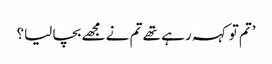
’تم تو کہہ رہے تھے تم نے مجھے بچا لیا؟